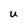
Character: U